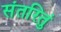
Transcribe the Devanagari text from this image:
संतरितुं